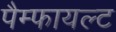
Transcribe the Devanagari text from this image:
पैम्फायल्ट